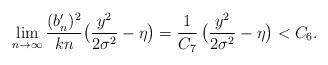
LaTeX: \begin{align*}\lim_{n \to \infty} \frac{ (b_n')^2 }{k n} \big( \frac{y^2}{2 \sigma^2} - \eta \big) = \frac{ 1 }{C_7} \, \big( \frac{y^2}{2 \sigma^2} - \eta \big) < C_6.\end{align*}